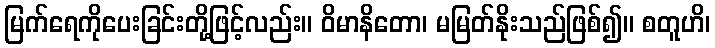
မြက်ရေကိုပေးခြင်းတို့ဖြင့်လည်း။ ဝိမာနိတော၊ မမြတ်နိုးသည်ဖြစ်၍။ စတူဟိ၊